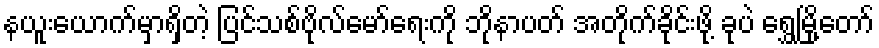
နယူးယောက်မှာရှိတဲ့ ပြင်သစ်ဗိုလ်မော်ရေးကို ဘိုနာပတ် အတိုက်ခိုင်းဖို့ ခုပဲ ရွှေမြို့တော်